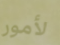
لأمور